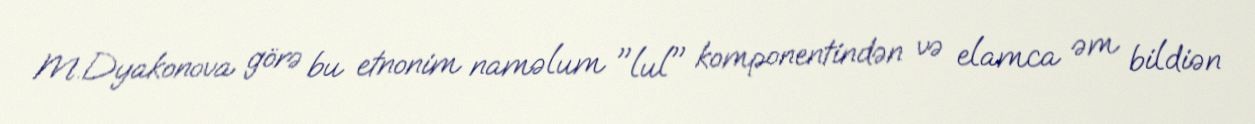
M.Dyakonova görə bu etnonim naməlum "lul" komponentindən və elamca əm bildiən